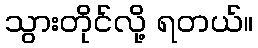
သွားတိုင်လို့ ရတယ်။